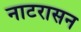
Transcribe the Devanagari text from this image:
नाटरासन